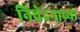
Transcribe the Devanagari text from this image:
निवेदनाच्या